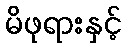
မိဖုရားနှင့်